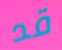
قد